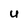
Character: U